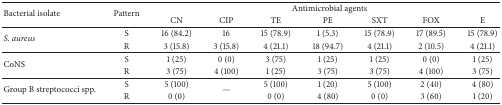
| <ROWSPAN=2> Bacterial isolate | <ROWSPAN=2> Pattern | <COLSPAN=7> Antimicrobial agents |
 | CN | CIP | TE | PE | SXT | FOX | E |
 | --- | --- | --- | --- | --- | --- | --- | --- | --- |
 | <ROWSPAN=2> S. aureus | S | 16 (84.2) | 16 | 15 (78.9) | 1 (5.3) | 15 (78.9) | 17 (89.5) | 15 (78.9) |
 | R | 3 (15.8) | 3 (15.8) | 4 (21.1) | 18 (94.7) | 4 (21.1) | 2 (10.5) | 4 (21.1) |
 | <ROWSPAN=2> CoNS | S | 1 (25) | 0 (0) | 3 (75) | 1 (25) | 1 (25) | 0 (0) | 1 (25) |
 | R | 3 (75) | 4 (100) | 1 (25) | 3 (75) | 3 (75) | 4 (100) | 3 (75) |
 | <ROWSPAN=2> Group B streptococci spp. | S | 5 (100) | <ROWSPAN=2> — | 5 (100) | 1 (20) | 5 (100) | 2 (40) | 4 (80) |
 | R | 0 (0) | 0 (0) | 4 (80) | 0 (0) | 3 (60) | 1 (20) |